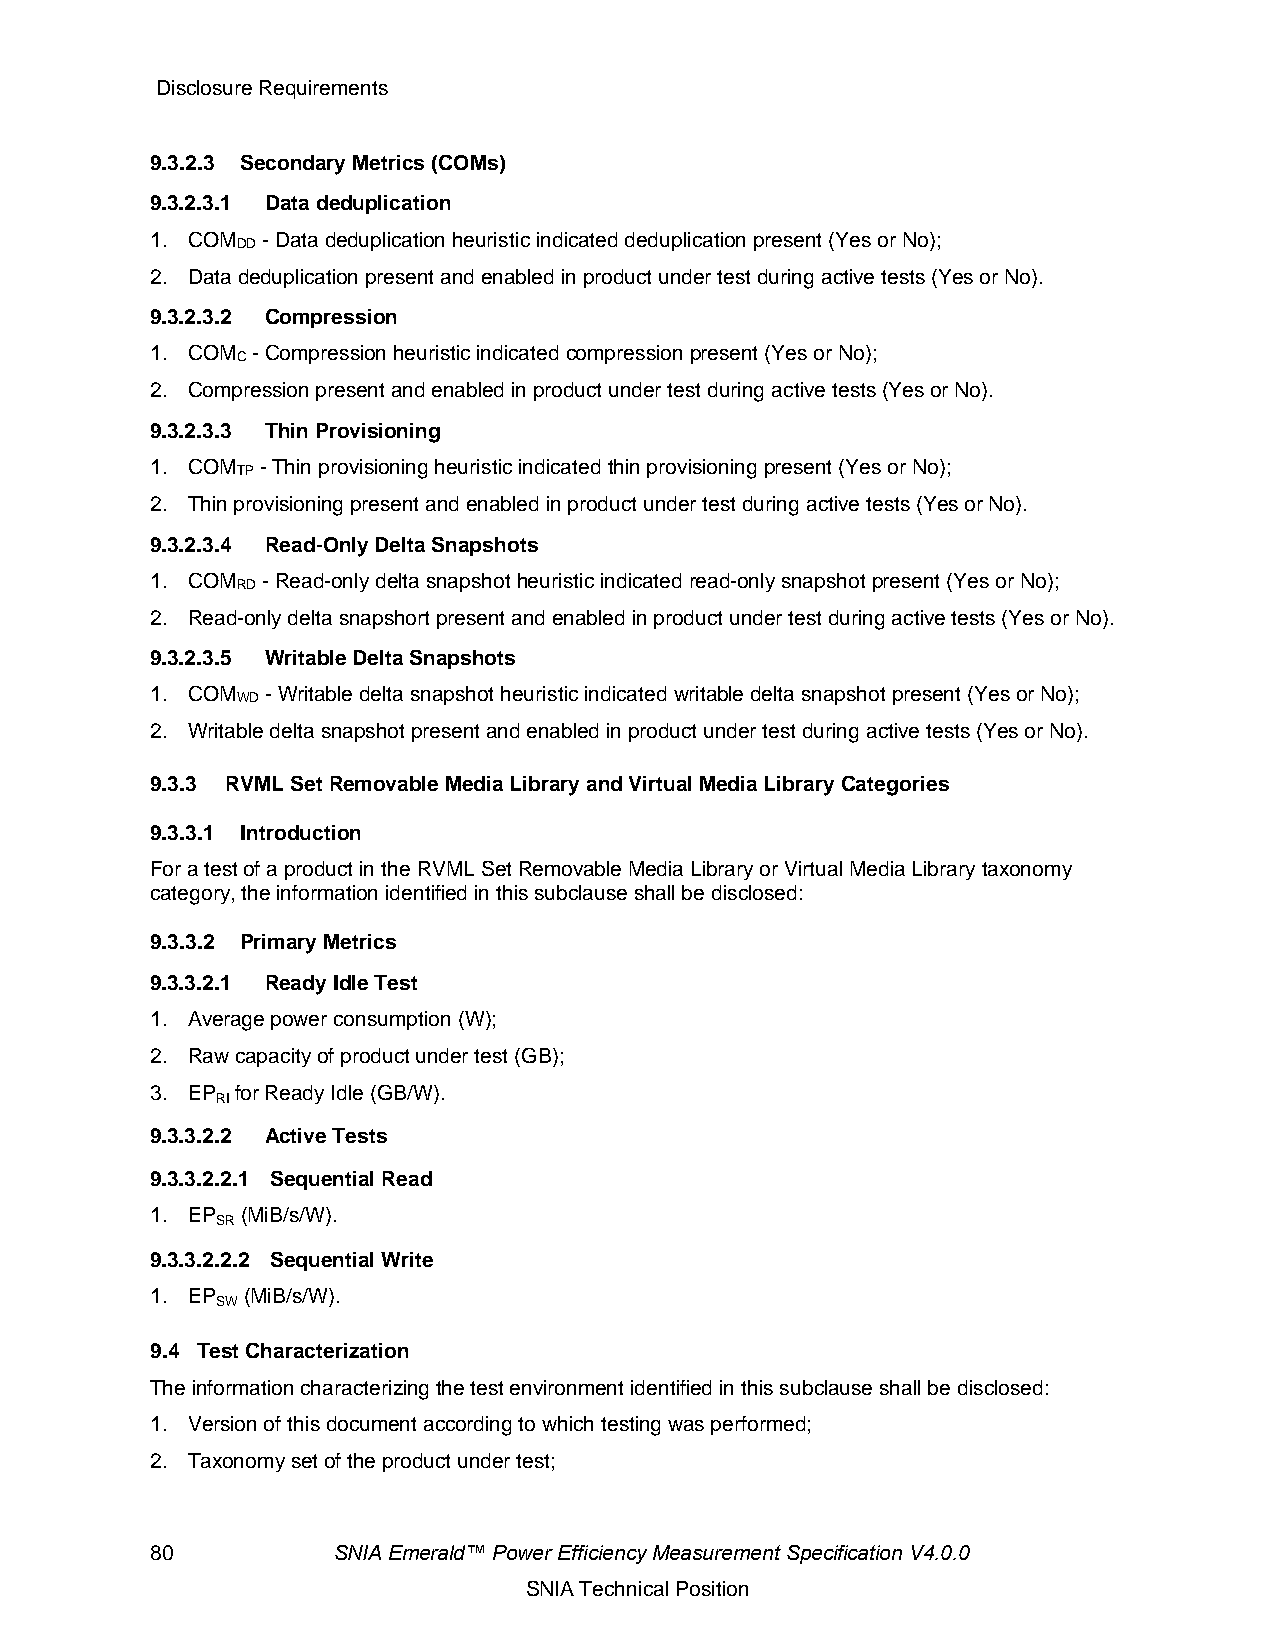
Disclosure Requirements
 9.3.2.3 Secondary Metrics (COMs)
 9.3.2.3.1 Data deduplication
 1. COM - Data deduplication heuristic indicated deduplication present (Yes or No);
 DD
 2. Data deduplication present and enabled in product under test during active tests (Yes or No).
 9.3.2.3.2 Compression
 1. COM - Compression heuristic indicated compression present (Yes or No);
 C
 2. Compression present and enabled in product under test during active tests (Yes or No).
 9.3.2.3.3 Thin Provisioning
 1. COM - Thin provisioning heuristic indicated thin provisioning present (Yes or No);
 TP
 2. Thin provisioning present and enabled in product under test during active tests (Yes or No).
 9.3.2.3.4 Read-Only Delta Snapshots
 1. COM - Read-only delta snapshot heuristic indicated read-only snapshot present (Yes or No);
 RD
 2. Read-only delta snapshort present and enabled in product under test during active tests (Yes or No).
 9.3.2.3.5 Writable Delta Snapshots
 1. COM  - Writable delta snapshot heuristic indicated writable delta snapshot present (Yes or No);
 WD
 2. Writable delta snapshot present and enabled in product under test during active tests (Yes or No).
 9.3.3 RVML Set Removable Media Library and Virtual Media Library Categories
 9.3.3.1 Introduction
 For a test of a product in the RVML Set Removable Media Library or Virtual Media Library taxonomy
 category, the information identified in this subclause shall be disclosed:
 9.3.3.2 Primary Metrics
 9.3.3.2.1 Ready Idle Test
 1. Average power consumption (W);
 2. Raw capacity of product under test (GB);
 3. EP for Ready Idle (GB/W).
 RI
 9.3.3.2.2 Active Tests
 9.3.3.2.2.1 Sequential Read
 1. EP (MiB/s/W).
 SR
 9.3.3.2.2.2 Sequential Write
 1. EP (MiB/s/W).
 SW
 9.4 Test Characterization
 The information characterizing the test environment identified in this subclause shall be disclosed:
 1. Version of this document according to which testing was performed;
 2. Taxonomy set of the product under test;
 80          SNIA Emerald™ Power Efficiency Measurement Specification V4.0.0
 SNIA Technical Position